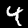
Label: 4